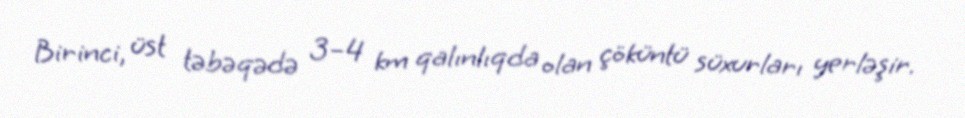
Birinci, üst təbəqədə 3–4 km qalınlıqda olan çöküntü süxurları yerləşir.